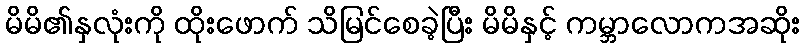
မိမိ၏နှလုံးကို ထိုးဖောက် သိမြင်စေခဲ့ပြီး မိမိနှင့် ကမ္ဘာလောကအဆိုး